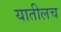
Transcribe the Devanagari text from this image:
यातीलच